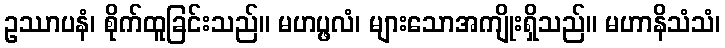
ဥဿာပနံ၊ စိုက်ထူခြင်းသည်။ မဟပ္ဖလံ၊ များသောအကျိုးရှိသည်။ မဟာနိသံသံ၊